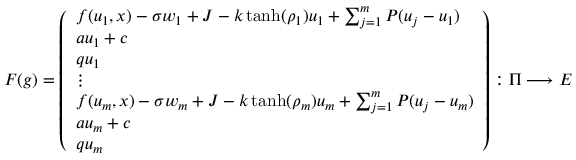
F ( g ) = \left( \begin{array} { l } { f ( u _ { 1 } , x ) - \sigma w _ { 1 } + J - k \operatorname { t a n h } ( \rho _ { 1 } ) u _ { 1 } + \sum _ { j = 1 } ^ { m } P ( u _ { j } - u _ { 1 } ) } \\ { a u _ { 1 } + c } \\ { q u _ { 1 } } \\ { \vdots } \\ { f ( u _ { m } , x ) - \sigma w _ { m } + J - k \operatorname { t a n h } ( \rho _ { m } ) u _ { m } + \sum _ { j = 1 } ^ { m } P ( u _ { j } - u _ { m } ) } \\ { a u _ { m } + c } \\ { q u _ { m } } \end{array} \right) : \Pi \longrightarrow E